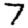
Digit: 7